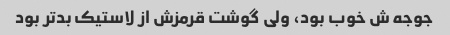
جوجه ش خوب بود، ولی گوشت قرمزش از لاستیک بدتر بود